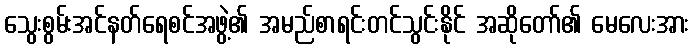
သွေးစွမ်းအင်နတ်ရေစင်အဖွဲ့၏ အမည်စာရင်းတင်သွင်းနိုင် အဆိုတော်၏ မေလေးအား